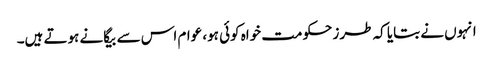
انہوں نے بتایا کہ طرز حکومت خواہ کوئی ہو، عوام اس سے بیگانے ہوتے ہیں۔